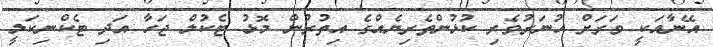
އޭނާއަކީ ވަރަށް ހުނަރުވެރި ކުޅުންތެރިޔެއްގެ އިތުރުން މޮޅު ޓެކުލް ޖަހާ އަދި ޓެކްނިކަލީ